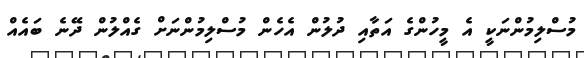
މުސްލިމުންނަކީ އެ މީހުންގެ އަތާއި ދުލުން އެހެން މުސްލިމުންނަށް ގެއްލުން ދޭނެ ބައެއް